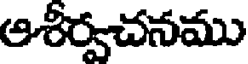
ఆశీర్వచనము